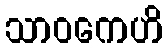
သာဝကေဟိ